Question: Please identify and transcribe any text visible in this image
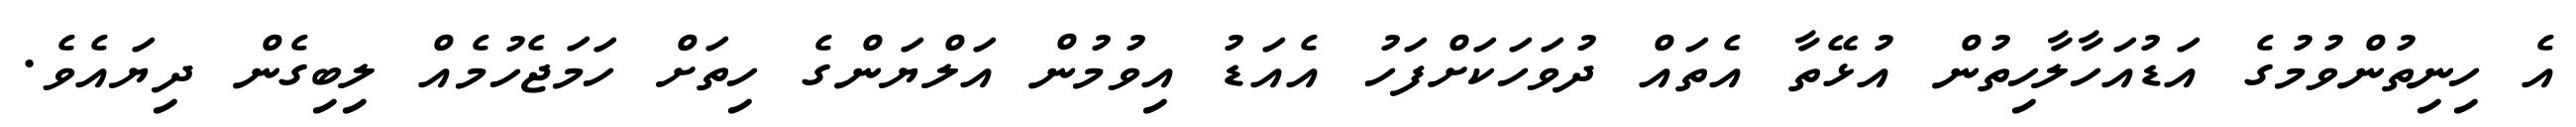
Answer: އެ ހިނިތުންވުމުގެ އަޑުއަހާލާހިތުން އުޅޭތާ އެތައް ދުވަހަކަށްފަހު އެއަޑު އިވުމުން އަލްޔަންގެ ހިތަށް ހަމަޖެހުމެއް ލިބިގެން ދިޔައެވެ.